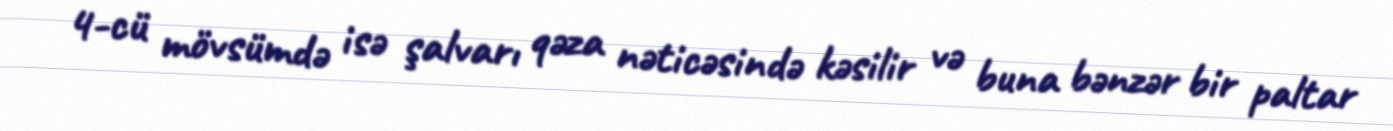
4-cü mövsümdə isə şalvarı qəza nəticəsində kəsilir və buna bənzər bir paltar